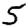
Digit: 5